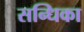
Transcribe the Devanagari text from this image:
सन्धिका